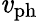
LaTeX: \mathit{v}_{\mathrm{{ph}}}